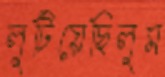
লুটিয়েছিলুম